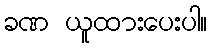
ခဏ ယူထားပေးပါ။